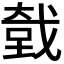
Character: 𮲍